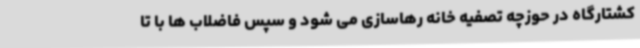
کشتارگاه در حوزچه تصفیه خانه رهاسازی می شود و سپس فاضلاب ها با تا